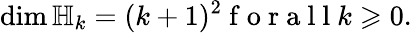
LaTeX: \mathrm{dim}\, {\mathbb H}_{k}=(k+1)^{2}\mathrm{~f~o~r~a~l~l~}k\geqslant 0.